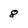
Character: 8